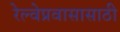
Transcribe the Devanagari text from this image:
रेल्वेप्रवासासाठी